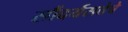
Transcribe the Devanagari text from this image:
सौंदर्यसत्तेचे